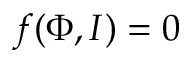
f ( \Phi , I ) = 0